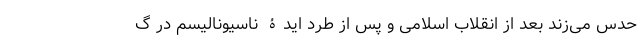
حدس می‌زند بعد از انقلاب اسلامی و پس از طرد ایدۀ ناسیونالیسم در گ